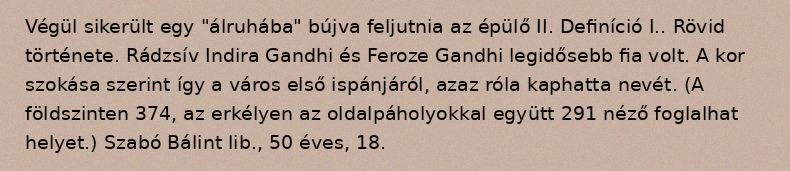
Végül sikerült egy "álruhába" bújva feljutnia az épülő II. Definíció I.. Rövid története. Rádzsív Indira Gandhi és Feroze Gandhi legidősebb fia volt. A kor szokása szerint így a város első ispánjáról, azaz róla kaphatta nevét. (A földszinten 374, az erkélyen az oldalpáholyokkal együtt 291 néző foglalhat helyet.) Szabó Bálint lib., 50 éves, 18.